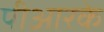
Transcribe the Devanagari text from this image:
पीआरके